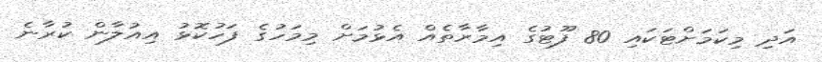
އަދި މިކަަމަށްޓަކައި 80 ފޫޓުގެ އިމާރާތެއް އެޅުމަށް މިމަހުގެ ފަހުކޮޅު އިއުލާން ކުރާނެ